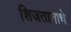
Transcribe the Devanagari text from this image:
शिजतानाचे